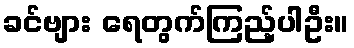
ခင်ဗျား ရေတွက်ကြည့်ပါဦး။